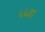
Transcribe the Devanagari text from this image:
५५वा